Annual report on the Civil Veterinary Department, Burma (including the Insein Veterinary School) - 1910-1922
Year: 1910
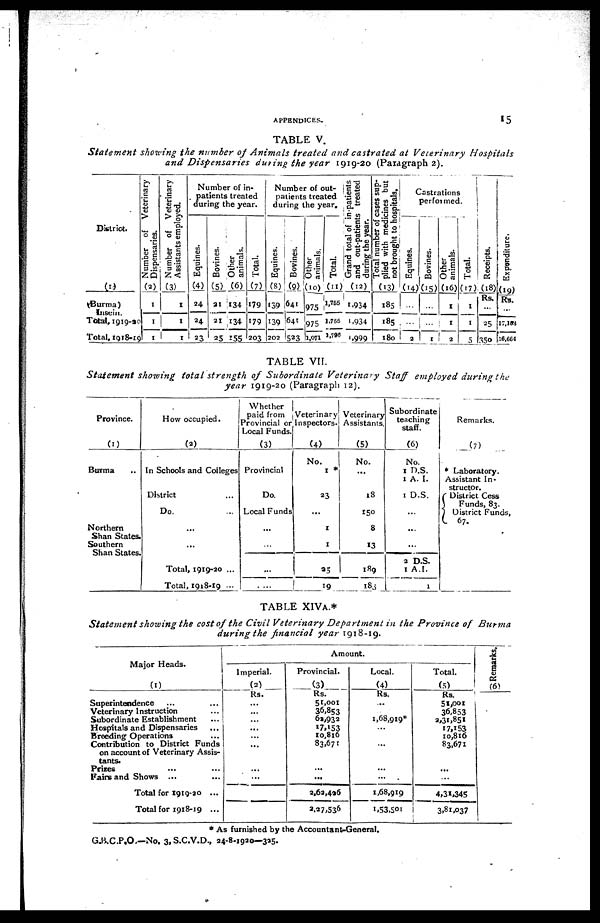
APPENDICES.
15
TABLE V.
Statement showing the number of Animals treated and castrated at Veterinary
Hospitals
and Dispensaries
anting the year 1919-20 (Paragraph 2).
District.
(1)
(Burma) Inscin
Total, 1919-20
Total, 1918-19
Number of Veterinary
Dispensaries.
(2)
1
1
1
Number of Veterinary
Assistants employed.
(3)
1
1
1
Number of in-
patients treated
during the year.
Equines.
(4)
24
24
23
Bovines.
(5)
21
21
25
Other
animals.
(6)
134
134
155
Total.
(7)
179
179
203
Number of out-
patients treated
during the year.
Equines.
(8)
139
139
202
Bovines.
(9)
641
641
523
Other
animals.
(10)
975
975
1,071
Total.
(11)
1,765
1,755
1,798
Grand total of in-patients
and out-patients treated
during the year.
(12)
1,934
1,934
1,999
Total number of cases sup-
plied with medicines but
not brought to hospitals.
(13)
185
185
180
Castrations
performed.
Equines.
(14)
...
...
2
Bovines.
(15)
...
...
1
Other
animals.
(16)
1
1
2
Total.
(17)
1
1
5
Receipts.
(18)
Rs.
25
350
Expe ndi t
ur e .
(10)
Rs.
17,153
16,664
TABLE VII.
Statement showing total strength of Subordinate Veterinary
Staff employed during the
year 1919-20 (Paragraph 12).
Province.
(1)
Burma ..
Northern
Shan States.
Southern
Shan States.
How occupied.
(2)
In Schools and Colleges
District ...
Do. ...
...
...
Total, 1919-20 ...
Total, 1918-19 ...
Whether
paid from
Provincial or
Local Funds.
(3)
Provincial
Do.
Local Funds
...
...
...
. ...
Veterinary
Inspectors.
(4)
No.
1 *
23
...
1
1
25
19
Veterinary
Assistants.
(5)
No.
...
18
150
8
13
189
183
Subordinate
teaching
staff.
(6)
No.
1 D.S.
1 A. I.
1 D.S.
...
...
...
2 D.S.
1 A.I.
1
Remarks.
(7)
* Laboratory.
Assistant In-
structor.
District Cess
Funds, 83.
District Funds,
67.
TABLE XIVS A.*
Statement showing the cost of the Civil Veterinary Department in the Province of Burma
during the financial year 1918-19.
Major Heads.
(1)
Superintendence ... ...
Veterinary Instruction ...
Subordinate Establishment ...
Hospitals and Dispensaries ...
Breeding Operations ...
Contribution to District Funds
on account of Veterinary Assis-
tants.
Prizes ... ...
Fairs and Shows ... ...
Total for 1919-20 ...
Total for 1918-19 ...
Amount.
Imperial.
(2)
Rs.
...
...
...
...
...
...
...
...
...
...
Provincial.
(3)
Rs.
51,001
36,853
62,932
17,153
10,816
83,671
...
...
2,62,436
2,27,536
Local.
(4)
Rs.
...
...
1,68,919*
...
...
...
...
...
1,68,919
1,53,501
Total.
(5) Rs.
51,001
36,853
2,31,851
17,153
10,816
83,671
...
...
4,31,345
3,81,037
Remarks.
(6)
* As furnished by the Accountant-General.
G.B.C.P.O.—No. 3, S.C.V.D., 24-8-1920—325.